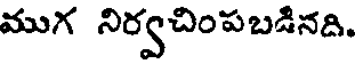
ముగ నిర్వచింపబడినది.